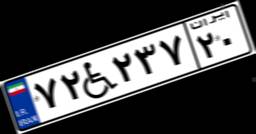
۷۲W۲۳۷۲۰